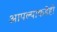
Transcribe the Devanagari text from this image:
आपल्याकडेही